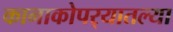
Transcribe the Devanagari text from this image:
कानाकोपर्‍यातल्या